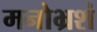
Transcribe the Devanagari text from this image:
मनोभ्रशं